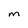
Character: M